Kures,_Voldemar, lk 14
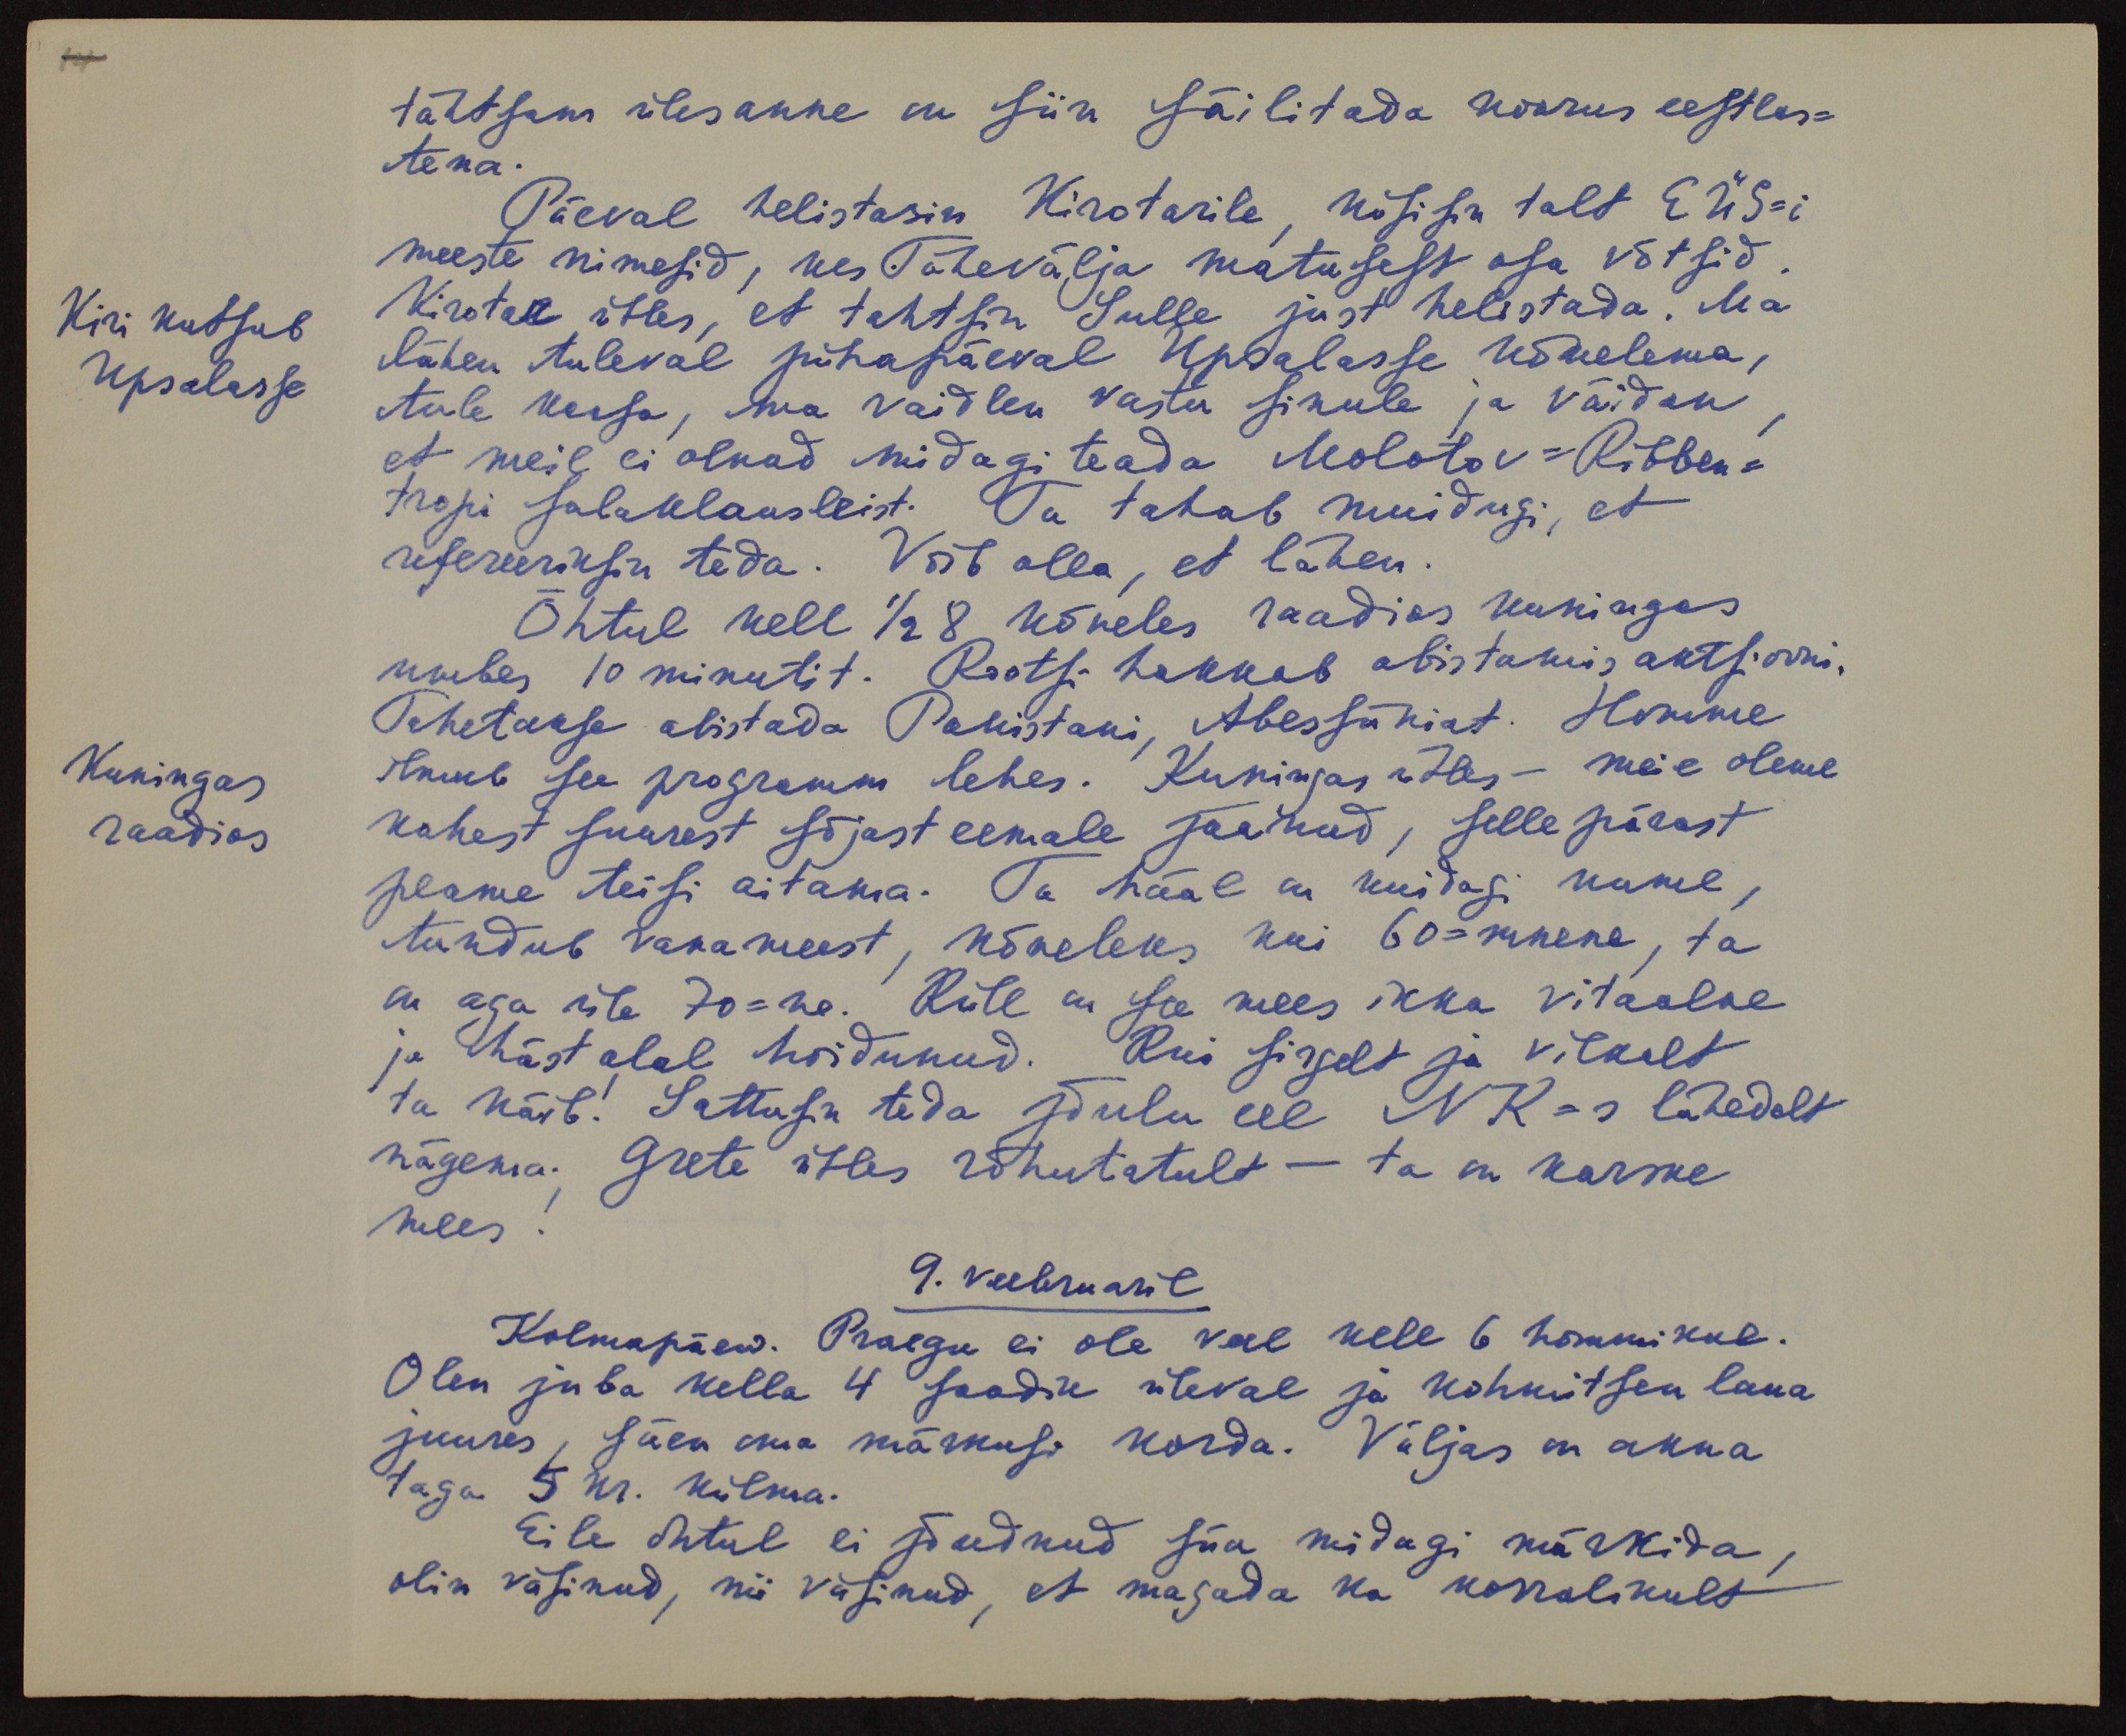
tähtsam ülesanne on siin säilitada noorus eestlas-
tena.
Päeval helistasin Kirotarile, küsisin talt EÜS-i
meeste nimesid, kes Tähevälja matusest osa võtsid
Kirotar ütles, et tahtsin Sulle just helistada. Ma
lähen tuleval pühapäeval Upsalasse kõnelema,
tule kaasa, ma vaidlen vastu sinule ja väidan
et meil ei olnud midagi teada Molotov-Ribben-
tropi salaklausleist. Ta tahab muidugi, et
refereeriksin teda. Võib olla, et lähen.
Õhtul kell 1/2 8 kõneles raadios kuningas
umbes 10 minutit. Rootsi hakkab abistamis aktsiooni.
Tahetakse abistada Pakistani, Abessiiniat. Homme
ilmub see programm lehes. Kuningas ütles - meie oleme
kahest suurest sõjast eemale jäänud, selle pärast
peame teisi aitama. Ta hääl on kuidagi kume,
tundub vana meest, kõneleks kui 60-mnene, ta
on aga üle 70-ne. Küll on see mees ikka vitaalne,
ja häst alal hoidunud. Kui sirgelt ja vilkalt
ta käib! Sattusin teda jõulu eel NK-s lähedalt
nägema. Grete ütles rõhutatult - ta on karske
mees.
9. veebruaril
Kolmapäew. Praegu ei ole veel kell 6 hommikul.
Olen juba kella 4 saadik üleval ja kohmitsen laua
juures, säen oma märkuse korda. Väljas on akna
taga 5 kr. külma.
Eile õhtul ei jõudnud siia midagi märkida,
olin väsinud, nii väsinud, et magada ka korralikult

Kiri kutsub
Upsalasse

Kuningas
raadios.